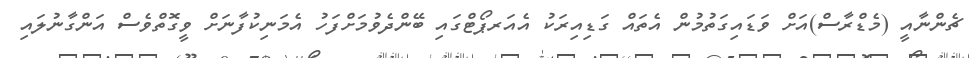
ޗެންނާއީ (މެޑްރާސް)އަށް ވަޑައިގަތުމުން އެތައް ގަޑިއިރަކު އެއަރޕޯޓްގައި ބޭންދެވުމަށްފަހު އެމަނިކުފާނަށް ވީގޮތްވެސް އަންގާނުލައި